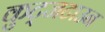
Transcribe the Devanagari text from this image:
कुट्जटाउन